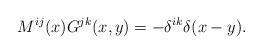
LaTeX: \begin{align*}M^{ij}(x)G^{jk}(x,y) = -\delta^{ik}\delta(x-y).\end{align*}